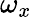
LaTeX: \omega_{x}